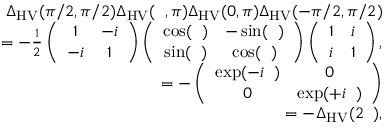
\begin{array} { r l r } & { } & { { \Delta } _ { \mathrm { H V } } ( \pi / 2 , \pi / 2 ) { \Delta } _ { \mathrm { H V } } ( { \it \Delta \phi } , \pi ) { \Delta } _ { \mathrm { H V } } ( 0 , \pi ) { \Delta } _ { \mathrm { H V } } ( - \pi / 2 , \pi / 2 ) } \\ & { } & { = - \frac { 1 } { 2 } \left( \begin{array} { c c } { 1 } & { - i } \\ { - i } & { 1 } \end{array} \right) \left( \begin{array} { c c } { \cos ( { \it \Delta \phi } ) } & { - \sin ( { \it \Delta \phi } ) } \\ { \sin ( { \it \Delta \phi } ) } & { \cos ( { \it \Delta \phi } ) } \end{array} \right) \left( \begin{array} { c c } { 1 } & { i } \\ { i } & { 1 } \end{array} \right) , } \\ & { } & { = - \left( \begin{array} { c c } { \exp ( - i { \it \Delta \phi } ) } & { 0 } \\ { 0 } & { \exp ( + i { \it \Delta \phi } ) } \end{array} \right) } \\ & { } & { = - { \Delta } _ { \mathrm { H V } } ( 2 { \it \Delta \phi } ) , } \end{array}